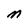
Character: m